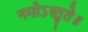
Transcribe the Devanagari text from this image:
नमोऽस्तुते॥